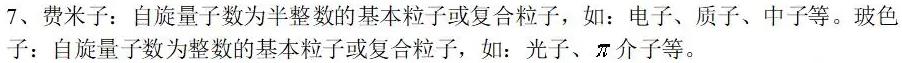
7、费米子：自旋量子数为半整数的基本粒子或复合粒子，如：电子、质子、中子等。玻色子：自旋量子数为整数的基本粒子或复合粒子，如：光子、$\pi$ 介子等。